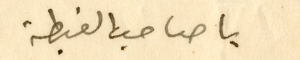
يا صاحب الغبطة